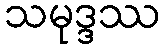
သမုဒ္ဒဿ